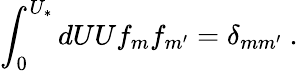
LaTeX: \int_{0}^{U_{*}}dUUf_{m}f_{m^{\prime}}=\delta_{mm^{\prime}}~.